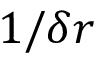
1 / \delta r